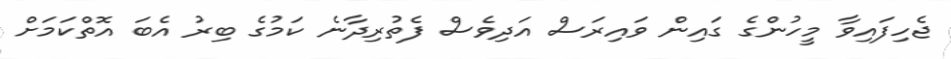
ޖެހިފައިވާ މީހުންގެ ގައިން ވައިރަސް އަދިވެސް ފެތުރިދާނެ ކަމުގެ ބިރު އެބަ އޮތްކަމަށް